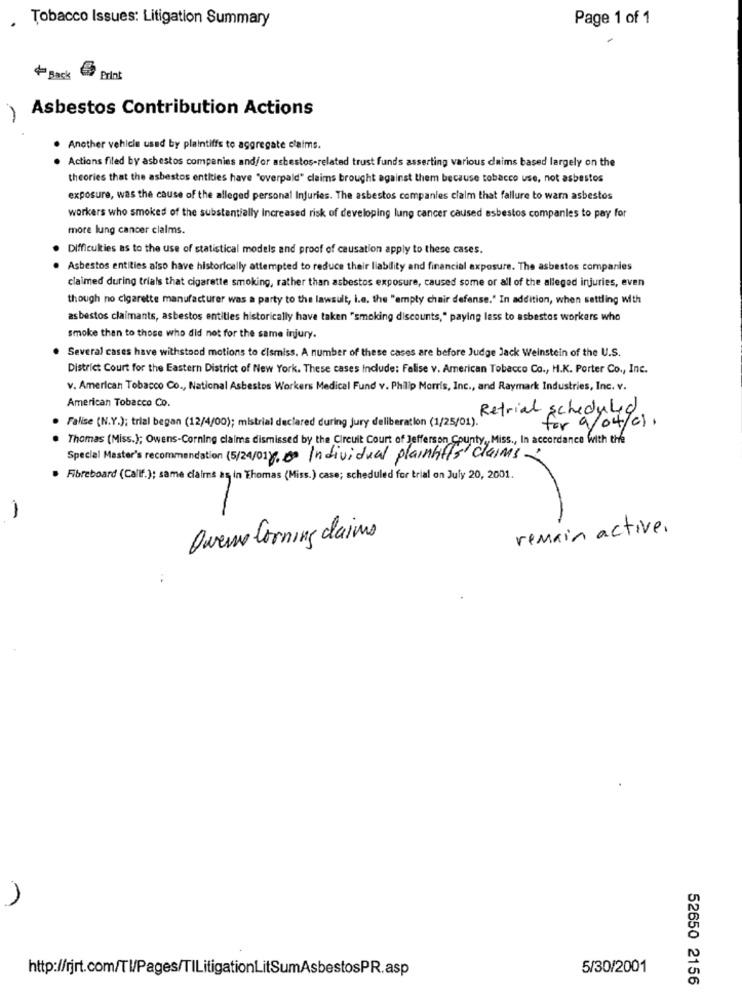
Tobacco Issues: Litigation Summary
Page 1 of 1
4 Back
Prin
Asbestos Contribution Actions
-
. Another vehicle used by plaintiffs to aggregate claims.
. Actions filed by asbestos companies and/or asbestos-related trust funds asserting various daims based largely on the
theories that the asbestos entities have "overpaid" claims brought against them because tobacco use, not asbestos
exposure, was the cause of the alleged personal Injuries. The asbestos companies claim that failure to warn asbestos
workers who smoked of the substantially Increased risk of developing lung cancer caused asbestos companies to pay for
more lung cancer claims.
Difficulties as to the use of statistical models and proof of causation apply to these cases.
Asbestos entities also have historically attempted to reduce their liability and financial exposure. The asbestos companies
claimed during trials that cigarette smoking, rather than asbestos exposure, caused some or all of the alleged injuries, even
though no cigarette manufacturer was a party to the lawsuit, i.e. the "empty chair defense." In addition, when settling with
asbestos claimants, asbestos entities historically have taken "smoking discounts," paying less to asbestos workers who
smoke than to those who did not for the same injury.
Several cases have withstood motions to dismiss. A number of these cases are before Judge Jack Weinstein of the U.S.
District Court for the Eastern District of New York. These cases Include: Falise v. American Tobacco Co ., H.K. Porter Co ., Inc.
v. American Tobacco Co ., National Asbestos Workers Medical Fund v. Philip Morris, Inc ., and Raymark Industries, Inc. v.
American Tobacco Co.
Retrial scheduled
Falise (N.Y.); trial began (12/4/00); mistrial declared during jury deliberation (1/25/01).'
for 9/04/01.
Thomas (Miss.); Owens-Corning claims dismissed by the Circuit Court of Jefferson County ,, Miss ., In accordance with the
Special Master's recommendation (5/24/01). 280 Individual plaintiffs claims
Fibreboard (Callf.); same claims as in Thomas (Miss.) case; scheduled for trial on July 20, 2001.
-
remain active.
Owens Corning claims
http://rjrt.com/Tl/Pages/TILitigationLitSumAsbestosPR.asp
5/30/2001
52650 2156